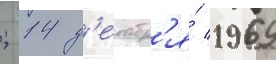
; 14 д'екабр'я́ 1969